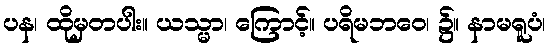
ပန၊ ထိုမှတပါး။ ယသ္မာ၊ ကြောင့်။ ပရိမဘဝေ၊ ၌။ နာမရူပံ၊